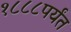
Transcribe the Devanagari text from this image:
१८८८पर्यंत